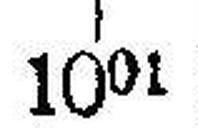
1001